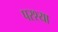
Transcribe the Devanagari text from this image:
परश्‍या